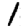
Digit: 1